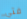
فتي